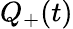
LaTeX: Q_{+}(t)